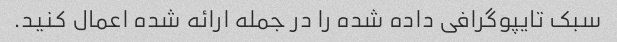
سبک تایپوگرافی داده شده را در جمله ارائه شده اعمال کنید.